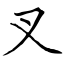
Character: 叉